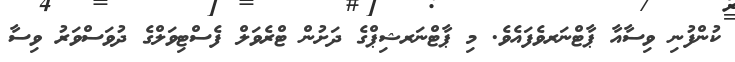
ކުންފުނި ވިސާއާ ޕާޓްނަރވެފައެވެ. މި ޕާޓްނަރޝިޕްގެ ދަށުން ޓްރެވަލް ފެސްޓިވަލްގެ ދުވަސްވަރު ވިސާ